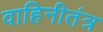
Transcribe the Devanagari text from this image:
वाहिनीतंत्र